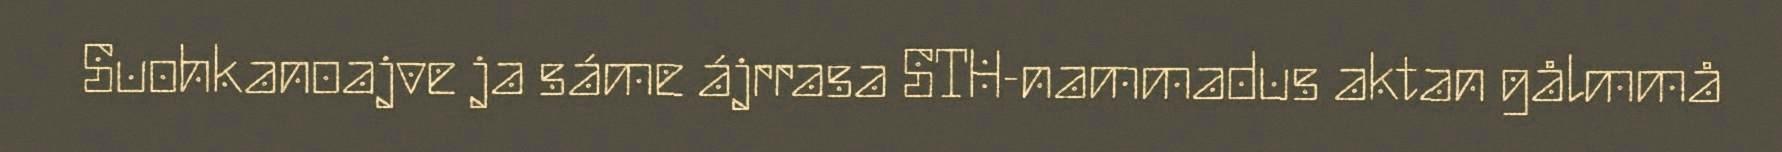
Suohkanoajve ja sáme ájrrasa STH-nammadus aktan gålmmå